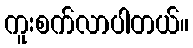
ကူးစက်လာပါတယ်။